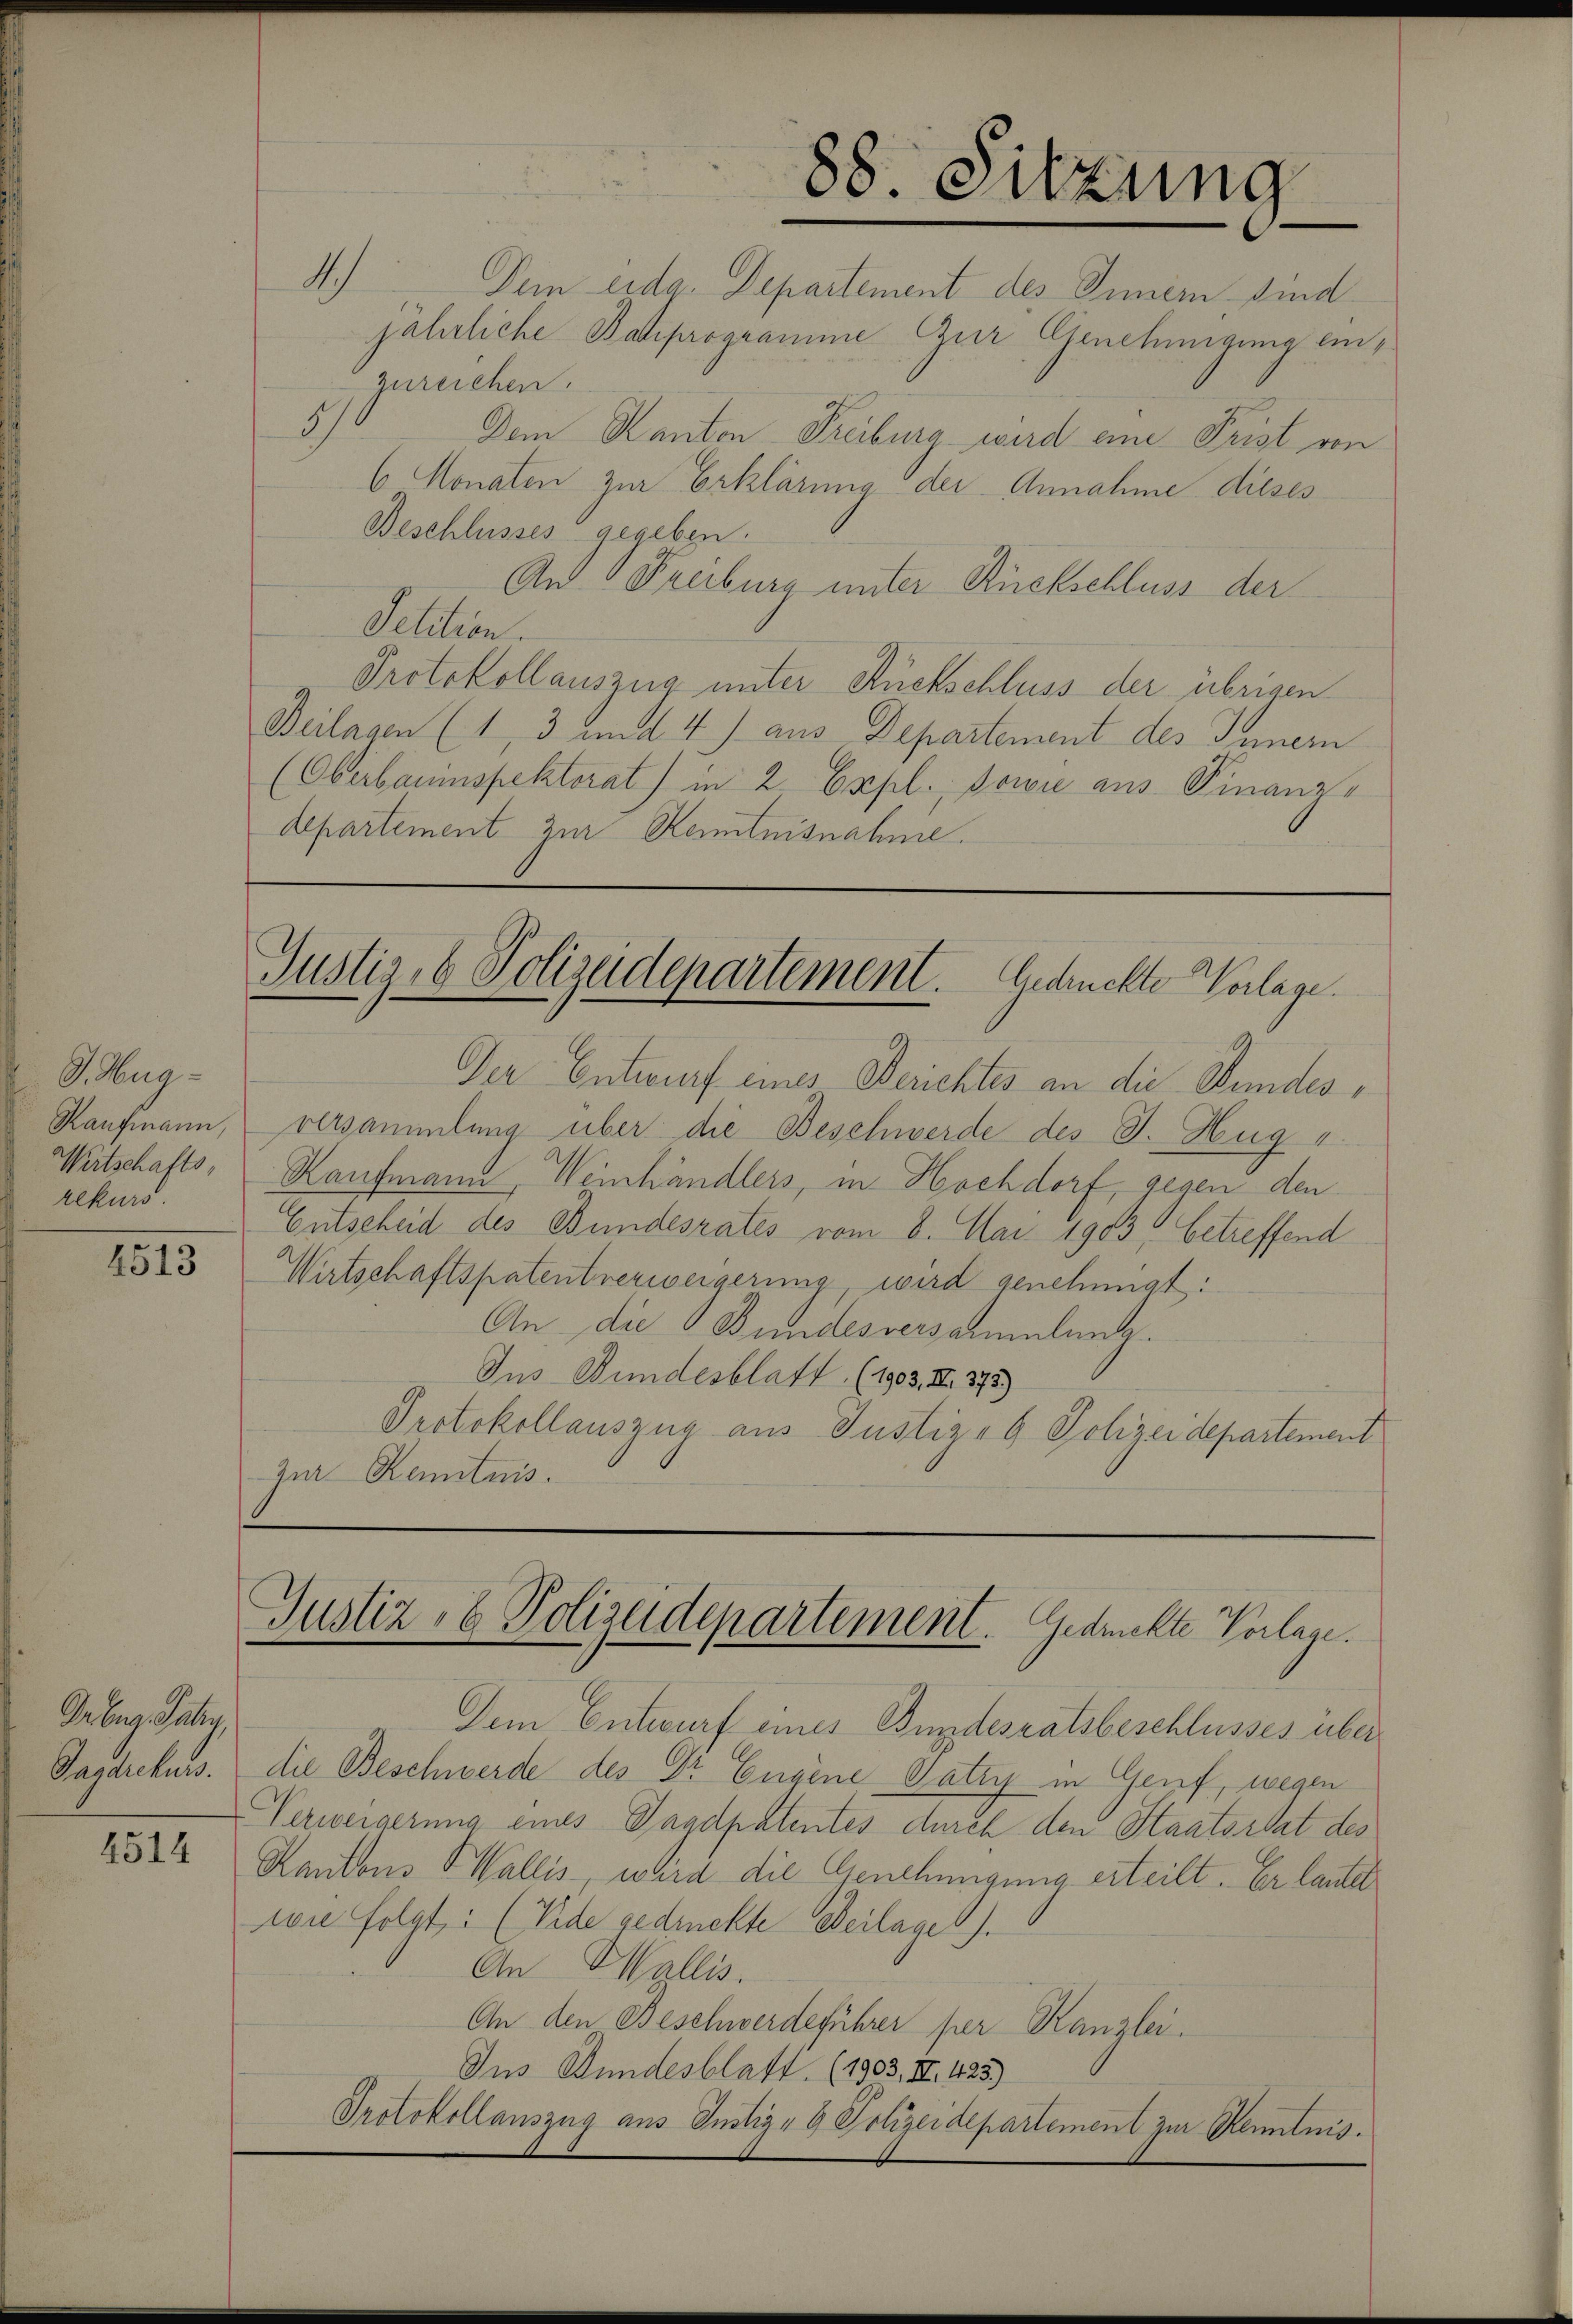
G. Hug¬
Kaufmann,
Wirtschafts,
rekurs.

4513

Guber Jaly,
Jagdrekurs.

4514

A
Dem eida. Departement des Innern sind
jährliche Bauprogramme zur Genehmigung einzureichen.
9.
Dem Kanton Freiburg wird eine Frist von
6 Monaten zur Erklärung der Annahme dieses
Beschlusses gegeben.
An Freiburg unter Rückschluss der
Petition.
Protokollauszug unter Rückschluss der übrigen
Beilagen (1, 3 und 4) aus Departement des Innern
(Oberbaumspektorat) in 2 Expl., sowie aus Finanz¬
Aepartement zur Kenntnisnahme.

t
88. Sitzung

Gustiz- & Polizeidepartement. Gedrückte Vorlage.

Der Entwurf eines Berichtes an die Stundes,
versammlung über die Beschwerde des J. Hug
Kaufmann, Weinhändlers, in Hochdorf, gegen den
Entscheid des Bundesrates vom 8. Mai 1903, betreffend
Wirtschaftspatentverweigerung, wird genehmigt:
An die Bundesversammlung.
Ius Bundesblatt (1903. III 373.)
Protokollauszug aus Justiz- & Polizeidepartement
zur Kenntnis.

Justiz- & Polizeidepartement. Gedrückte Vorlage.

Dem Entwurf eines Bundesratsbeschlusses über
die Beschwerde des Dr Eugene Patzy in Genf, wegen
Verweigerung eines Jagdpatentes durch den Staatsstat des
Kantons Wallis, wird die Genehmigung erteilt. Er lautel
wie folgt: (Vide gedruckte Beilage).
An Wallis.
An den Beschwerdeführer per Kanzlei.
Jus Bundesblatt. (1903, III. 423)
Protokollauszug aus Justiz- & Polizeidepartement zur Kenntnis.